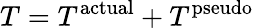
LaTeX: T=T^{\mathrm{actual}}+T^{\mathrm{pseudo}}